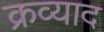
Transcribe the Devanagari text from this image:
क्रव्याद